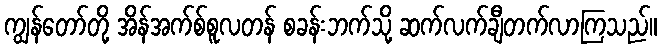
ကျွန်တော်တို့ အိန်အက်စ်စူလတန် စခန်းဘက်သို့ ဆက်လက်ချီတက်လာကြသည်။